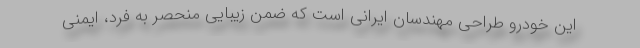
این خودرو طراحی مهندسان ایرانی است که ضمن زیبایی منحصر به فرد، ایمنی